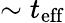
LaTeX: \sim t_{\mathrm{eff}}